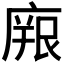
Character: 𭙫